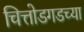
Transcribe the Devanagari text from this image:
चित्तोडगडच्या